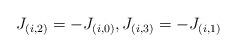
LaTeX: \begin{align*}J_{(i,2)}=-J_{(i,0)},J_{(i,3)}=-J_{(i,1)} \end{align*}